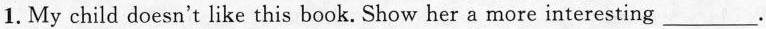
1. My child doesn't like this book. Show her a more interesting ___